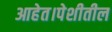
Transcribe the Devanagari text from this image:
आहेत।पेशीतील